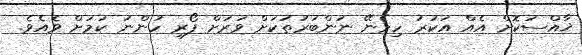
ޚާއްސަކޮށް އެއް އަކުރު ހިމެނޭ ނަންބަރުތަކަށް ވަރަށް ފޯރި ހުންނަ ކަމަށް ވެއެވެ.